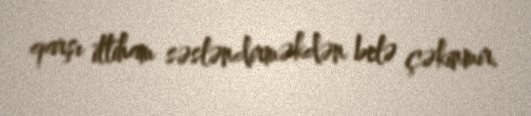
qarşı ittiham səsləndirməkdən belə çəkinmir.